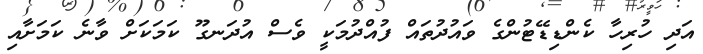
އަދި ހުރިހާ ކެންޑިޑޭޓުންގެ ވައުދުތައް ފުއްދުމަކީ ވެސް އުދަނގޫ ކަމަކަށް ވާނެ ކަމަށާއި